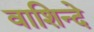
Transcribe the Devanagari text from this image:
वाशिन्दे